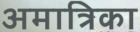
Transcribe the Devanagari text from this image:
अमात्रिका